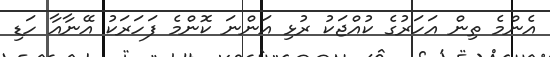
އެންމެ ތިން އަހަރުގެ ކުއްޖަކު ރުޅި އަންނަ ކޮންމެ ފަހަރަކު އޭނާއާ ހަޑި